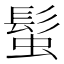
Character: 𩭃